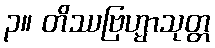
၃။ တိဿဗြဟ္မာသုတ္တ